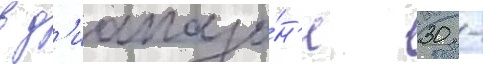
в д'иапазо́н'е 30 -